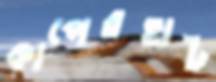
কাপেরহাট